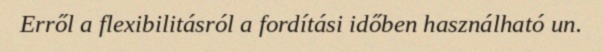
Erről a flexibilitásról a fordítási időben használható un.